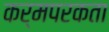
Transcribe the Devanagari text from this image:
कर्मपरकता